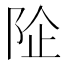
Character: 𱀏